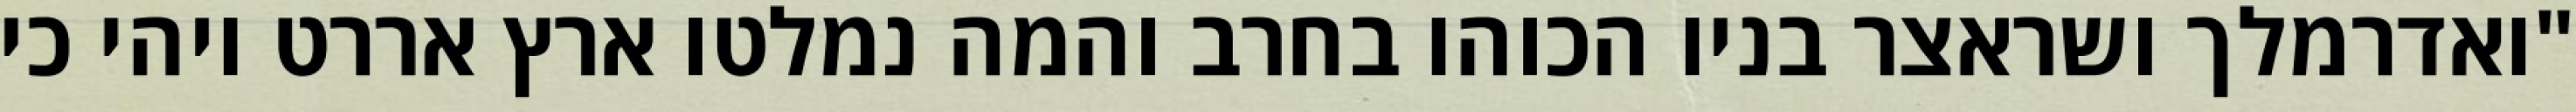
"ואדרמלך ושראצר בניו הכוהו בחרב והמה נמלטו ארץ אררט ויהי כי